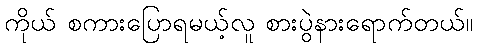
ကိုယ် စကားပြောရမယ့်လူ စားပွဲနားရောက်တယ်။